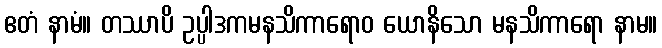
ဧတံ နာမံ။ တဿာပိ ဥပ္ပါဒကမနသိကာရောဝ ယောနိသော မနသိကာရော နာမ။